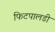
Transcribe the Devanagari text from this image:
फिटपालडी